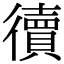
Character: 𢖏